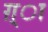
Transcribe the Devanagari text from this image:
ग़्ा